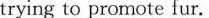
trying to promote fur.